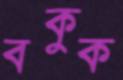
বকুক